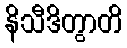
နိသီဒိတွာတိ